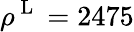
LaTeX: \rho^{\mathrm{~L~}}=2475